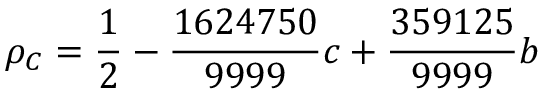
\rho _ { C } = \frac { 1 } { 2 } - \frac { 1 6 2 4 7 5 0 } { 9 9 9 9 } c + \frac { 3 5 9 1 2 5 } { 9 9 9 9 } b